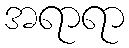
အရာရာ